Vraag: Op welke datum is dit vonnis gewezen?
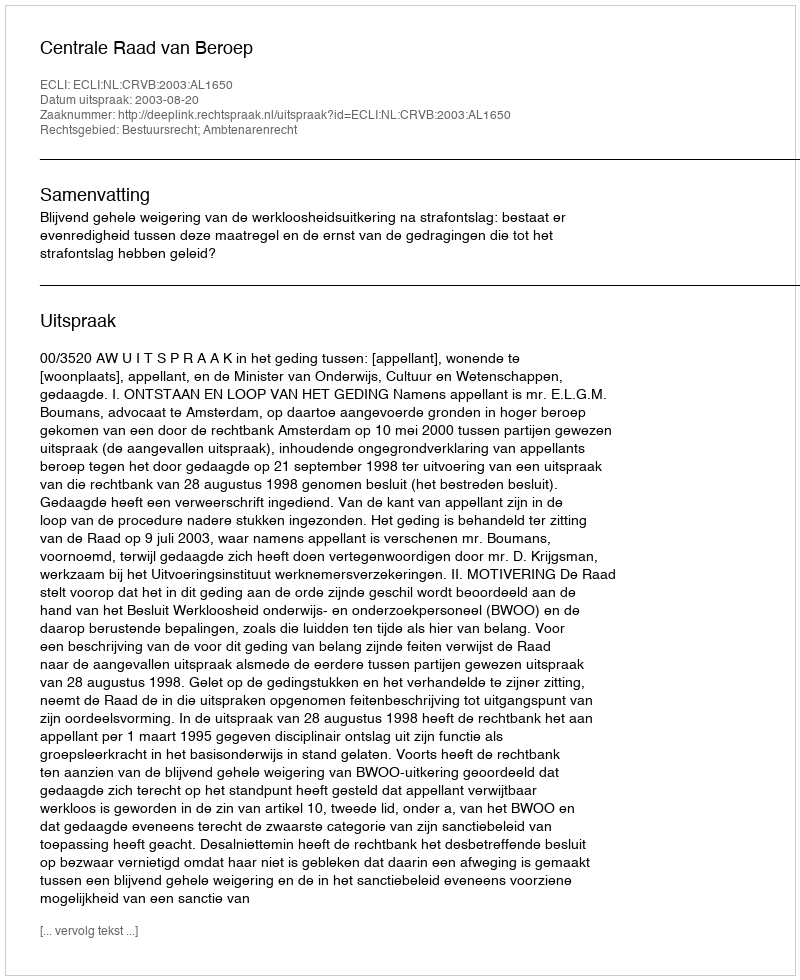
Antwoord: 2003-08-20